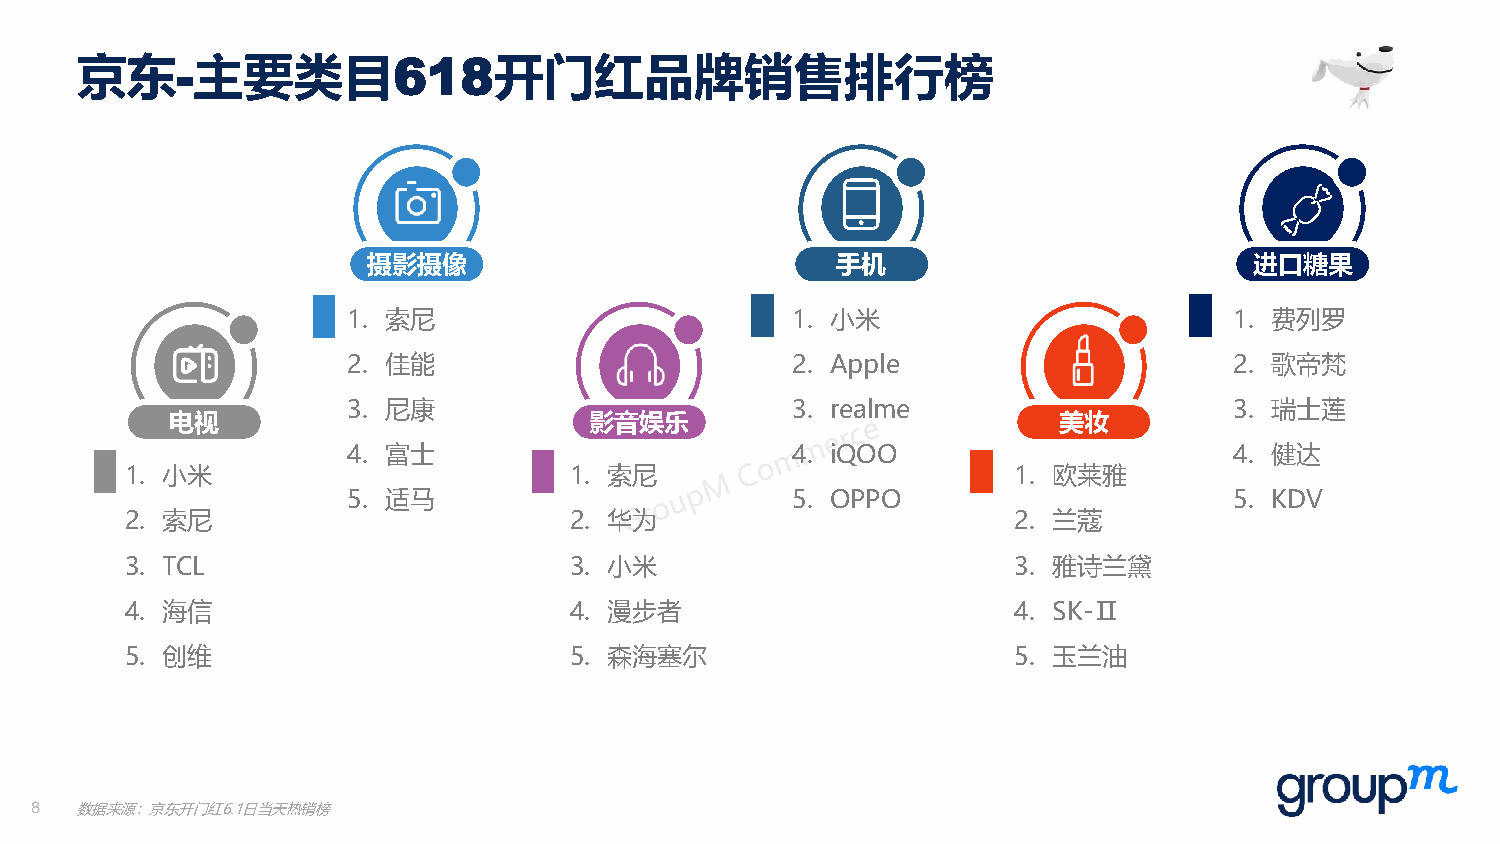
京东-主要类目618开门红品牌销售排行榜
 摄影摄像                           手机                          进口糖果
 1. 索尼                        1. 小米                         1. 费列罗
 2. 佳能                        2. Apple                      2. 歌帝梵
 3. 尼康                        3. realme                     3. 瑞士莲
 电视                          影音娱乐                           美妆
 4. 富士                        4. iQOO                       4. 健达
 1. 小米                         1. 索尼                        1. 欧莱雅
 5. 适马                        5. OPPO                       5. KDV
 2. 索尼                         2. 华为                        2. 兰蔻
 3. TCL                        3. 小米                        3. 雅诗兰黛
 4. 海信                         4. 漫步者                       4. SK-Ⅱ
 5. 创维                         5. 森海塞尔                      5. 玉兰油
 8  数据来源：京东开门红6.1日当天热销榜